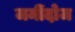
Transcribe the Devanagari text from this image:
जमींदोज